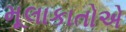
મૂલાકાતોએ